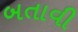
બતાવી